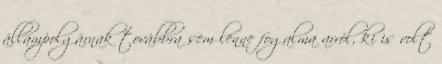
állampolgárnak továbbra sem lenne fogalma arról, ki is volt